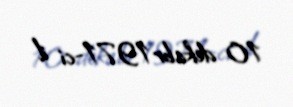
10 dekabr 1971-ci il